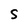
Character: S